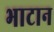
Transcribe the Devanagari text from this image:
भाटान